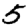
Digit: 5